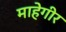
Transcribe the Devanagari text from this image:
माहेगीर